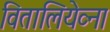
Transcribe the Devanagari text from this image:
वितालियेव्ना